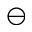
\ominus